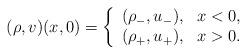
LaTeX: \begin{align*}(\rho,v)(x,0)=\left\{\begin{array}{ll}(\rho_-,u_-),\ \ x<0,\\(\rho_ +,u_+),\ \ x>0.\end{array}\right.\end{align*}